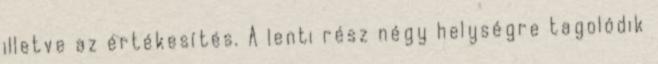
illetve az értékesítés. A lenti rész négy helységre tagolódik